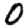
Digit: 0